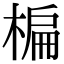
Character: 楄